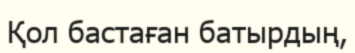
Қол бастаған батырдың,